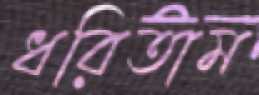
ধরিতাম